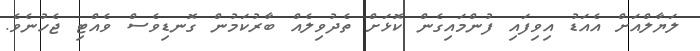
ލަޔާލްއަށް އެއަޑު އިވިފައި ފުންމައިގެން ކޮޅަށް ތެދުވިލެއް ބާރުކަމުން ގޮނޑިވެސް ވެއްޓި ޖެހުނެވެ.